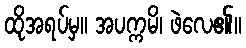
ထိုအရပ်မှ။ အပက္ကမိ၊ ဖဲလေ၏။